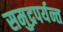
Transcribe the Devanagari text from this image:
समुद्रपर्यन्त